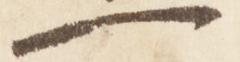
一